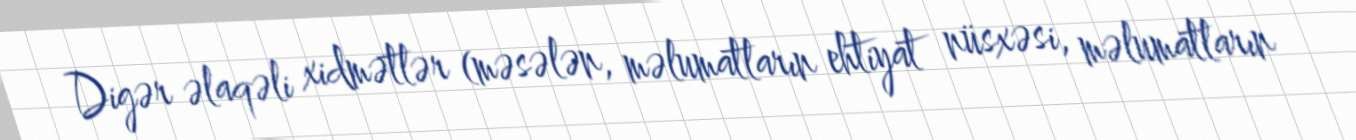
Digər əlaqəli xidmətlər (məsələn, məlumatların ehtiyat nüsxəsi, məlumatların